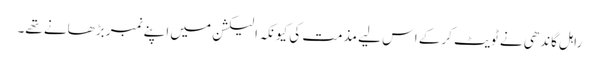
راہل گاندھی نے ٹویٹ کرکے اس لیے مذمت کی کیونکہ الیکشن میں اپنے نمبر بڑھانے تھے۔